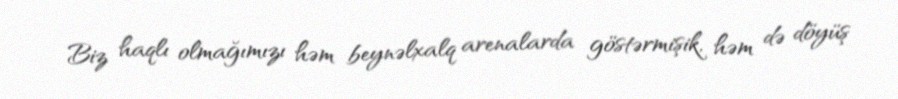
Biz haqlı olmağımızı həm beynəlxalq arenalarda göstərmişik, həm də döyüş